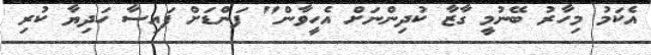
އެކަމު މިހާރު ބޭނުމީ ގާޒާ ކުދިންނަށް އެހީވާން" ފަންޑަށް ފައިސާ ހަދިޔާ ކުރި